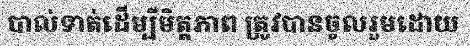
បាល់ទាត់ដើម្បីមិត្តភាព ត្រូវបានចូលរួមដោយ